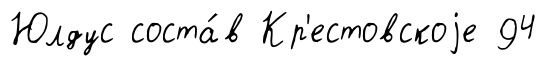
Юлдус соста́в Кр'естовскоjе 94